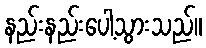
နည်းနည်းပေါ့သွားသည်။